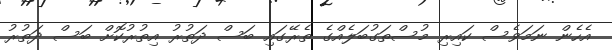
އެހެން ނަމަވެސް ކައިރި މުސްތަގުބަލެއްގެ ތެރޭގައި ބަސް ދަތުރު އިތުރުކޮށް ބަސް ދަތުރު